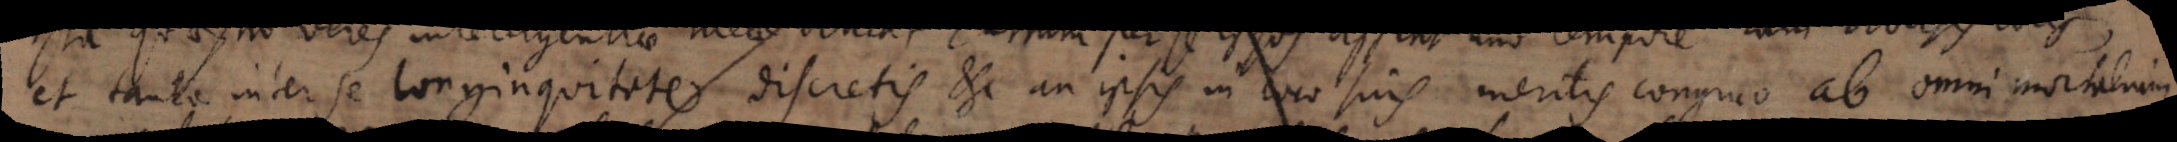
et tanta inter se longinquitate discretis etc. an ipsis in loco suis meritis congruo ab omni mortalium